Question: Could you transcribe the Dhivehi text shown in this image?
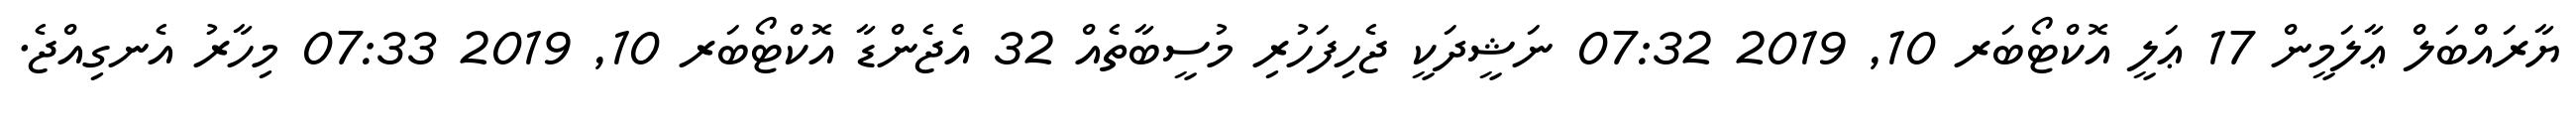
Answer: ޔާރައްބަލް ޢާލަމީން 17 ޢަލީ އޮކްޓޯބަރ 10, 2019 07:32 ނަޝީދަކީ ޖެހިފަހުރި މުސީބާތެއް 32 އެޖެންޑާ އޮކްޓޯބަރ 10, 2019 07:33 މިހާރު އެނގިއްޖެ.